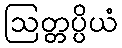
ဩတ္တပ္ပိယံ